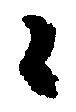
々